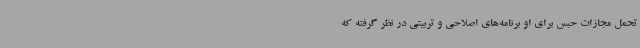
تحمل مجازات حبس برای او برنامه‌های اصلاحی و تربیتی در نظر گرفته که